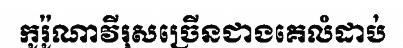
កូរ៉ូណាវីរុសច្រើនជាងគេលំដាប់